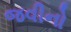
જવીનો